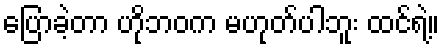
ပြောခဲ့တာ ဟိုဘဝက မဟုတ်ပါဘူး ထင်ရဲ့။